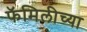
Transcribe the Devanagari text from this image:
फॅमिलीच्या